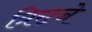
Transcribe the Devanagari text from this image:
त्रिरत्ने